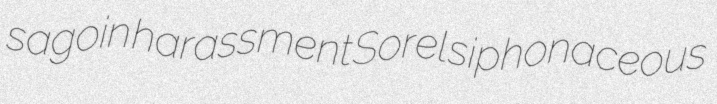
sagoin harassment Sorel siphonaceous